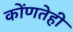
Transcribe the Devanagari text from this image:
कोंणतेही